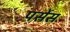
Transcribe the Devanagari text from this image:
पर्सेस